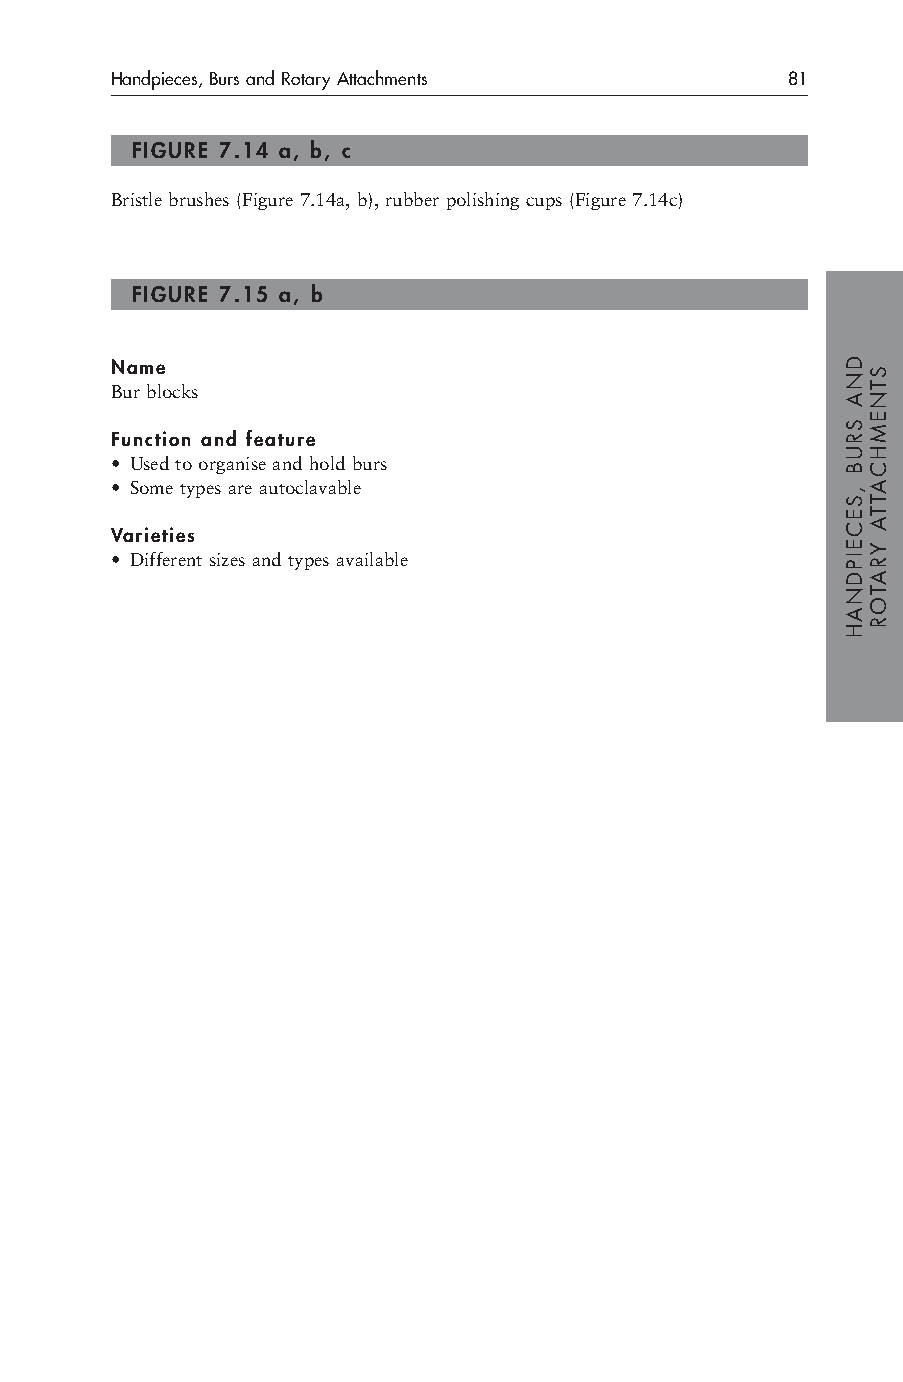
Handpieces, Burs and Rotary Attachments      81
 FIGURE 7.14 a, b, c
 Bristle brushes (Figure 7.14a, b), rubber polishing cups (Figure 7.14c)
 FIGURE 7.15 a, b
 Name
 Bur blocks
 Function and feature
 • Used to organise and hold burs
 • Some types are autoclavable
 Varieties
 • Different sizes and types available
 DNA
 SRUB
 ,SECEIPDNAH
 STNEMHCATTA
 YRATOR